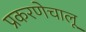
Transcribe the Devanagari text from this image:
प्रकरणेचालू